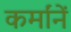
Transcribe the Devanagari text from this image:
कर्मांनें